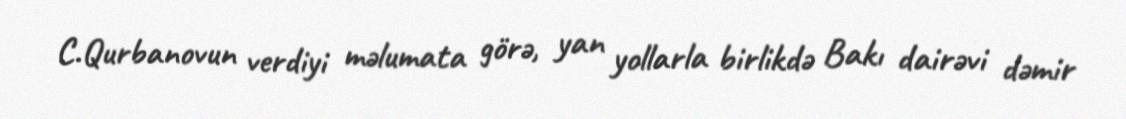
C.Qurbanovun verdiyi məlumata görə, yan yollarla birlikdə Bakı dairəvi dəmir